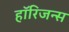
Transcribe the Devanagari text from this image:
हॉरिजन्स